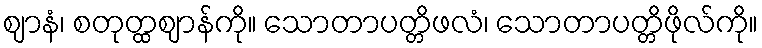
ဈာနံ၊ စတုတ္ထဈာန်ကို။ သောတာပတ္တိဖလံ၊ သောတာပတ္တိဖိုလ်ကို။